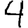
Digit: 4